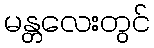
မန္တလေးတွင်